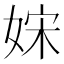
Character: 𡜻